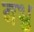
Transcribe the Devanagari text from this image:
बभ्रु